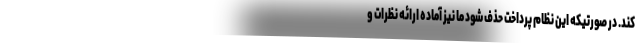
کند. در صورتیکه این نظام پرداخت حذف شود ما نیز آماده ارائه نظرات و